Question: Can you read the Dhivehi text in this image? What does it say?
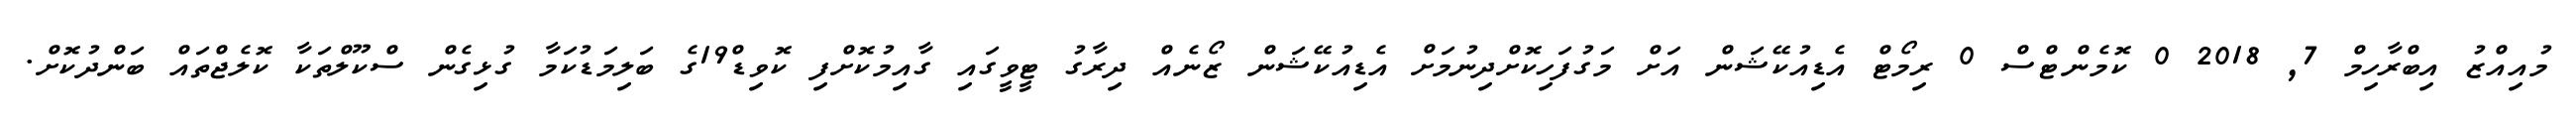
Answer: މުއިއްޒު އިބްރާހިމް 7, 2018 0 ކޮމެންޓްސް 0 ރިމޯޓް އެޑިއުކޭޝަން އަށް މަގުފަހިކޮށްދިނުމަށް އެޑިއުކޭޝަން ޒޯނެއް ދިރާގު ޓީވީގައި ގާއިމުކޮށްފި ކޮވިޑް19ގެ ބަލިމަޑުކަމާ ގުޅިގެން ސްކޫލްތަކާ ކޮލެޖްތައް ބަންދުކޮށް.